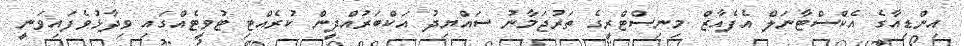
އިންޑިއާގެ އެކްސްޓާނަލް އެފެއާޒް މިނިސްޓްރީގެ ތަރުޖަމާނު ސައްޔިދު އަކްބަރުއްދީން ކުރެއްޓި ޓުވީޓެއްގައި ވިދާޅުވެފައިވަނީ